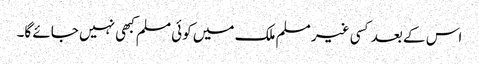
اس کے بعد کسی غیر مسلم ملک میں کوئی مسلم کبھی نہیں جائے گا۔